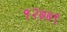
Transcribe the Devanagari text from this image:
१२७७९